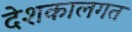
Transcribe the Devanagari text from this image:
देशकालगत